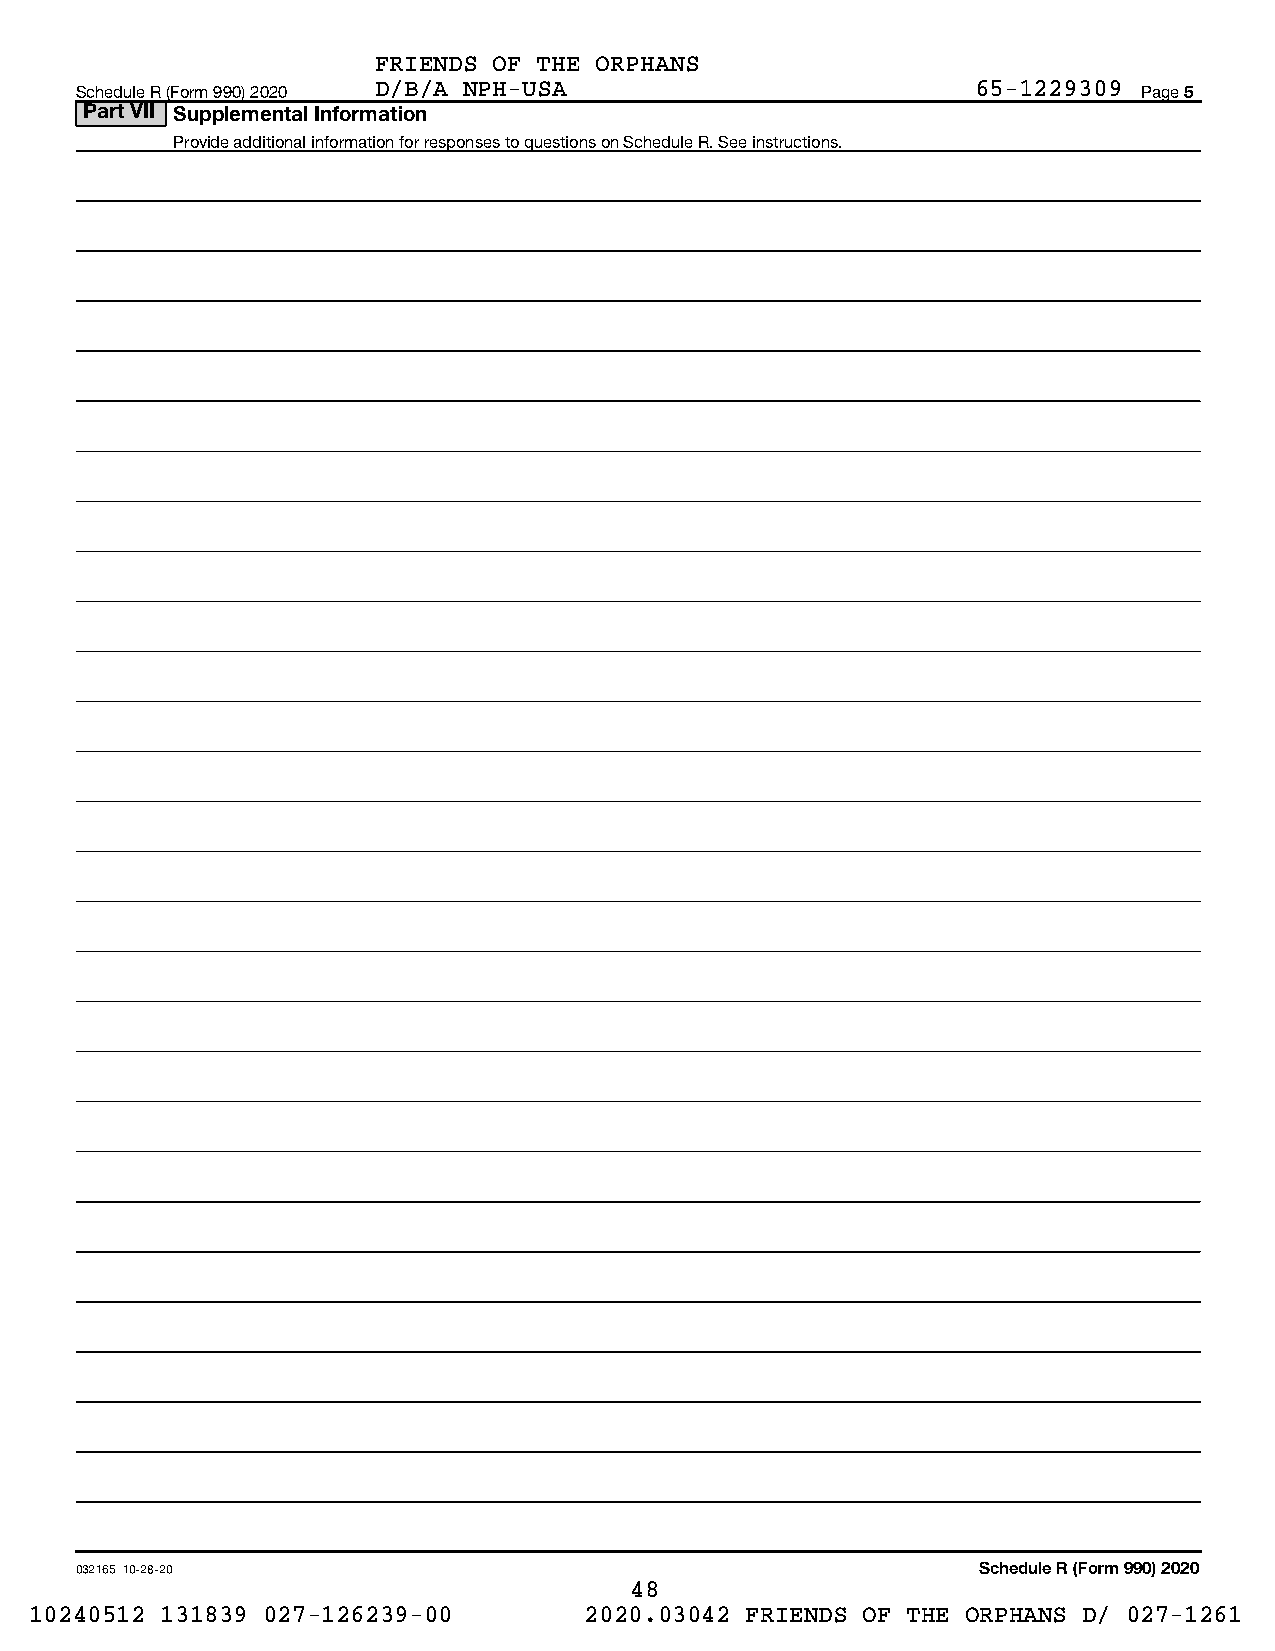
FRIENDS OF THE ORPHANS
 Schedule R (Form 990) 2020 D/B/A NPH-USA                    65-1229309 Page 5
 Part VII Supplemental Information
 Provide additional information for responses to questions on Schedule R. See instructions.
 032165 10-28-20                                             Schedule R (Form 990) 2020
 48
 10240512 131839 027-126239-00        2020.03042 FRIENDS OF THE ORPHANS D/ 027-1261